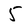
Character: 5